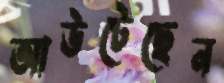
আউটেছেন